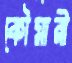
কৌমারী